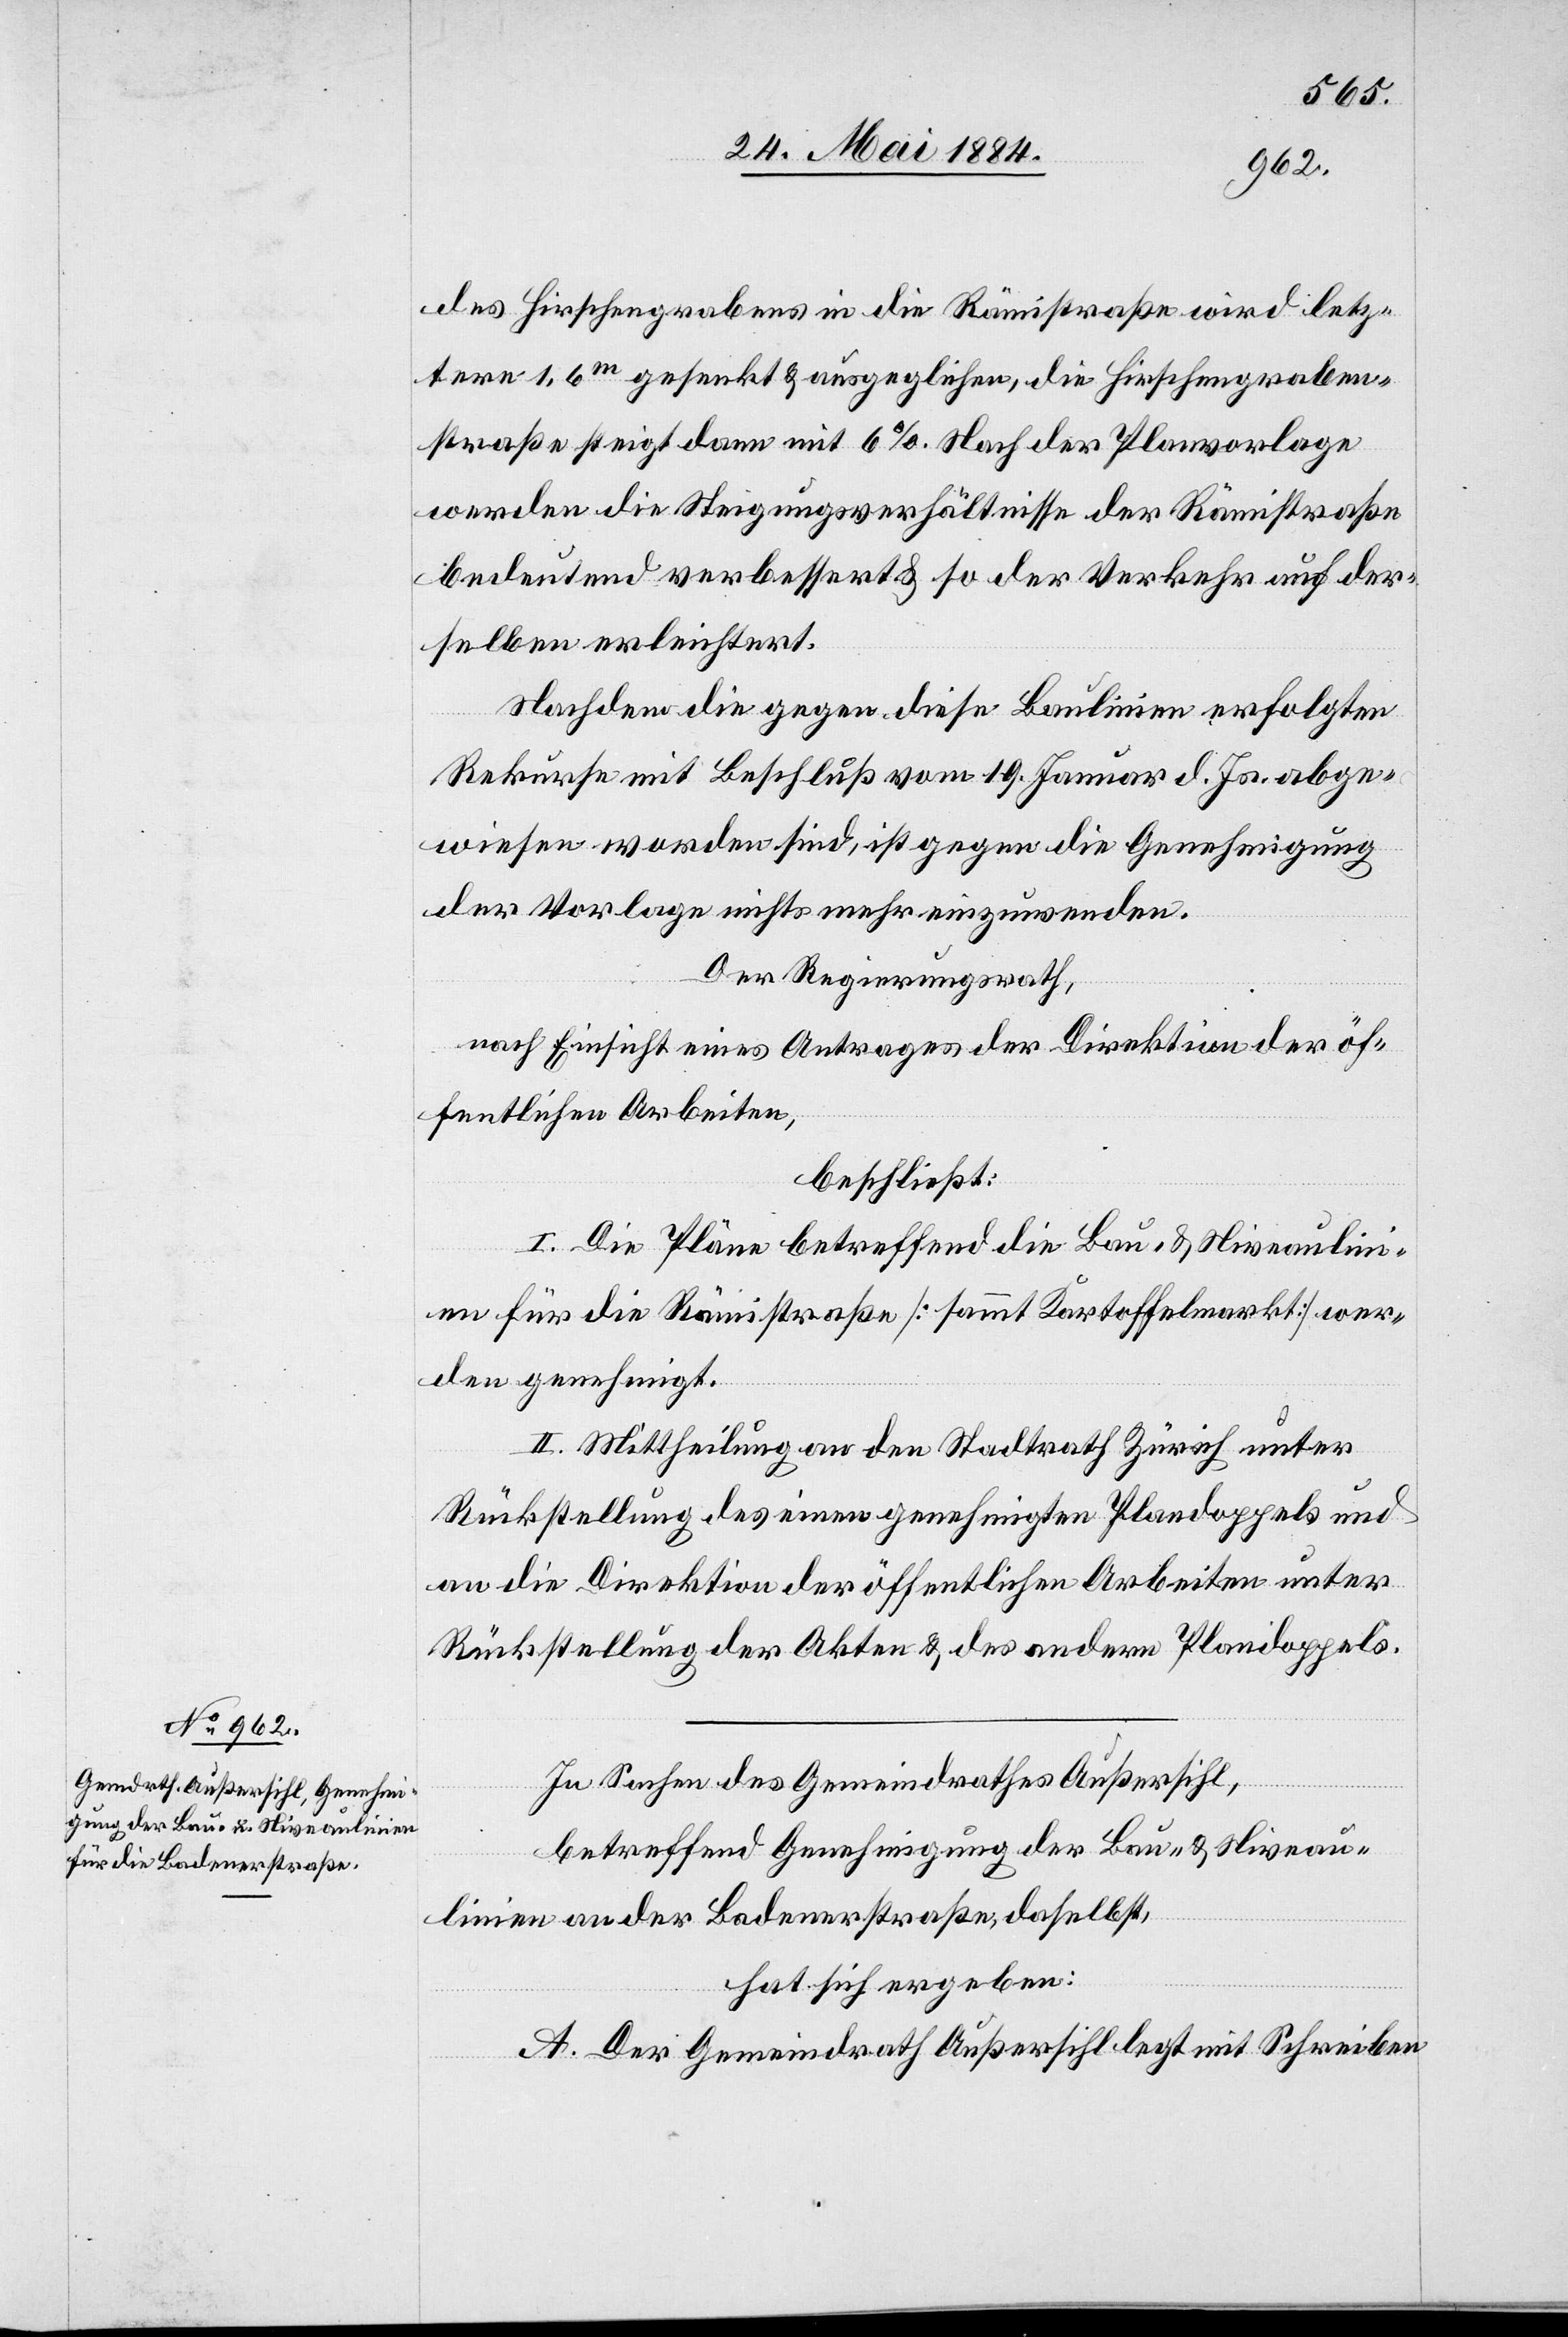
des Hirschengrabens in die Rämistraße wird letz¬
tere 1,6m gesenkt & ausgeglichen, die Hirschengraben¬
straße steigt dann mit 6%. Nach der Planvorlage
werden die Steigerungsverhältnisse der Rämistraße
bedeutend verbessert & so der Verkehr auf der¬
selben erleichtert.
Nachdem die gegen diese Baulinien erfolgten
Rekurse mit Beschluß vom 19. Januar d. Js. abge¬
wiesen worden sind, ist gegen die Genehmigung
der Vorlage nichts mehr einzuwenden.
Der Regierungsrath,
nach Einsicht eines Antrages der Direktion der öf¬
fentlichen Arbeiten,
beschließt:
I. Die Pläne betreffend die Bau- & Niveaulini¬
en für die Rämistraße [sammt Kartoffelmarkt] wer¬
den genehmigt.
II. Mittheilung an den Stadtrath Zürich unter
Rückstellung des einen genehmigten Plandoppels und
an die Direktion der öffentlichen Arbeiten unter
Rückstellung der Akten & des andern Plandoppels.
In Sachen des Gemeindrathes Außersihl,
betreffend Genehmigung der Bau- & Niveau¬
linien an der Badenerstraße daselbst,
hat sich ergeben:
A. Der Gemeindrath Außersihl legt mit Schreiben